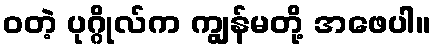
ဝတဲ့ ပုဂ္ဂိုလ်က ကျွန်မတို့ အဖေပါ။